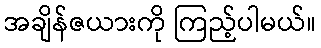
အချိန်ဇယားကို ကြည့်ပါမယ်။